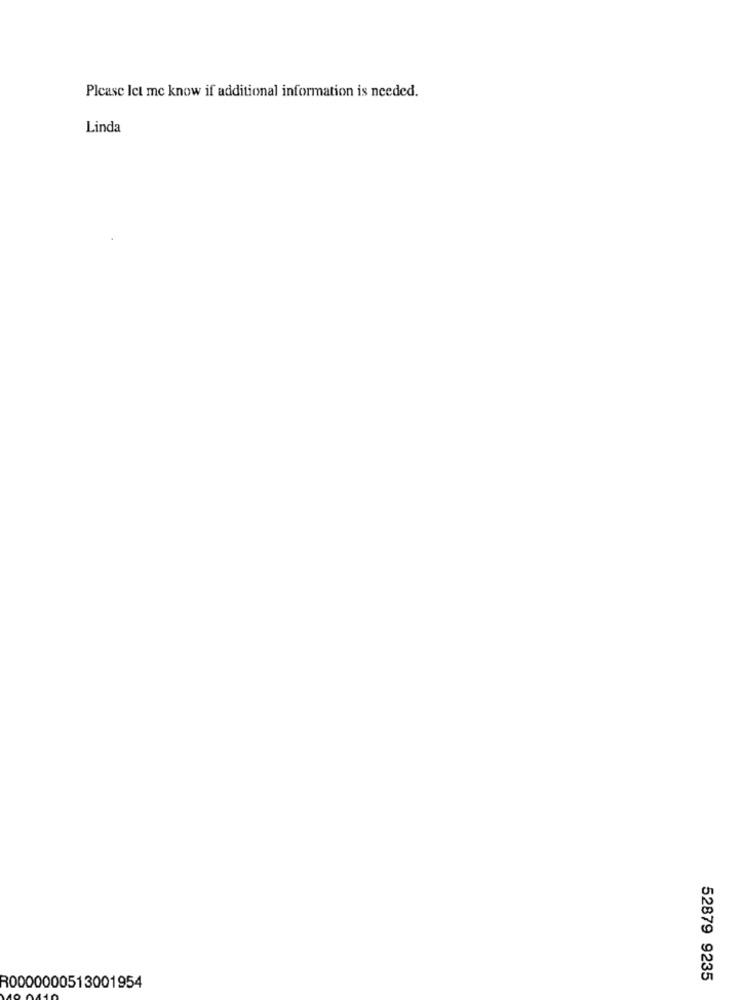
Please let me know if additional information is needed.
Linda
52879 9235
R0000000513001954